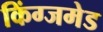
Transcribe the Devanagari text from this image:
किंग्जमेड